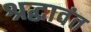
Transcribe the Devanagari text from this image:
श्रद्धावंत